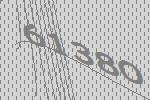
61380